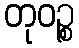
တုဝဉ္စ